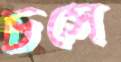
চসে